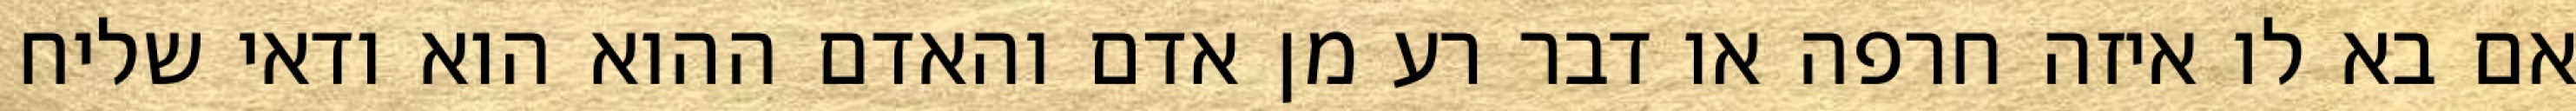
אם בא לו איזה חרפה או דבר רע מן אדם והאדם ההוא הוא ודאי שליח